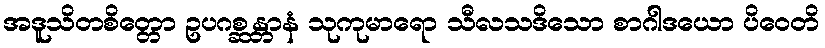
အဒူသိတစိတ္တော ဥပဂစ္ဆန္တာနံ သုကုမာရော သီလသဒိသော စာဂါဒယော ပိဝေတိ